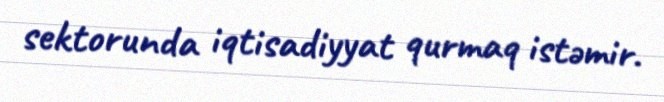
sektorunda iqtisadiyyat qurmaq istəmir.